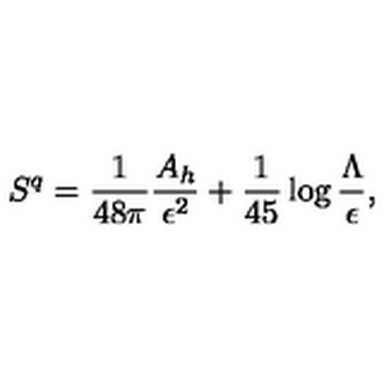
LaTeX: S ^ { q } = { \frac { 1 } { 4 8 \pi } } { \frac { A _ { h } } { \epsilon ^ { 2 } } } + { \frac { 1 } { 4 5 } } \log { \frac { \Lambda } { \epsilon } } ,